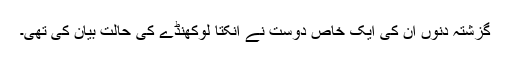
گزشتہ دنوں ان کی ایک خاص دوست نے انکتا لوکھنڈے کی حالت بیان کی تھی۔